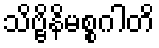
သိဗ္ဗိနိမစ္စဂါတိ